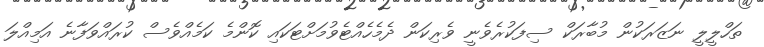
ތަހްލީލީ ނަޒަރަކުން މުބާރަކް ސިފަކުރެވެނީ ވެރިކަން ދެމެހެއްޓެވުމަށްޓަކައި ކޮންމެ ކަމެއްވެސް ކުރައްވަފާނެ އަމިއްލަ